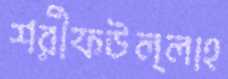
শরীফউল্লাহ